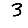
Digit: 3